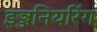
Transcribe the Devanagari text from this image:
इञ्जनियरिंग